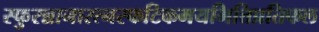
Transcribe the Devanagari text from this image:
स्फुरन्नानारत्नस्फटिकमयभित्तिप्रतिफल